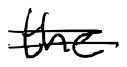
Text: Wungong
Cross-out: double-line
Writing tool: digital_black